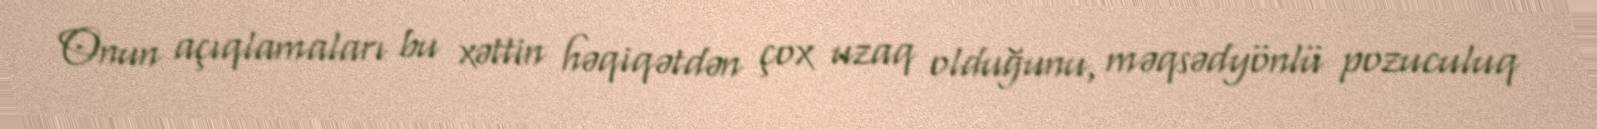
Onun açıqlamaları bu xəttin həqiqətdən çox uzaq olduğunu, məqsədyönlü pozuculuq